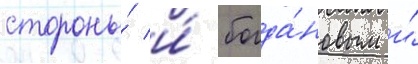
стороны́ и́ богда́новым и́